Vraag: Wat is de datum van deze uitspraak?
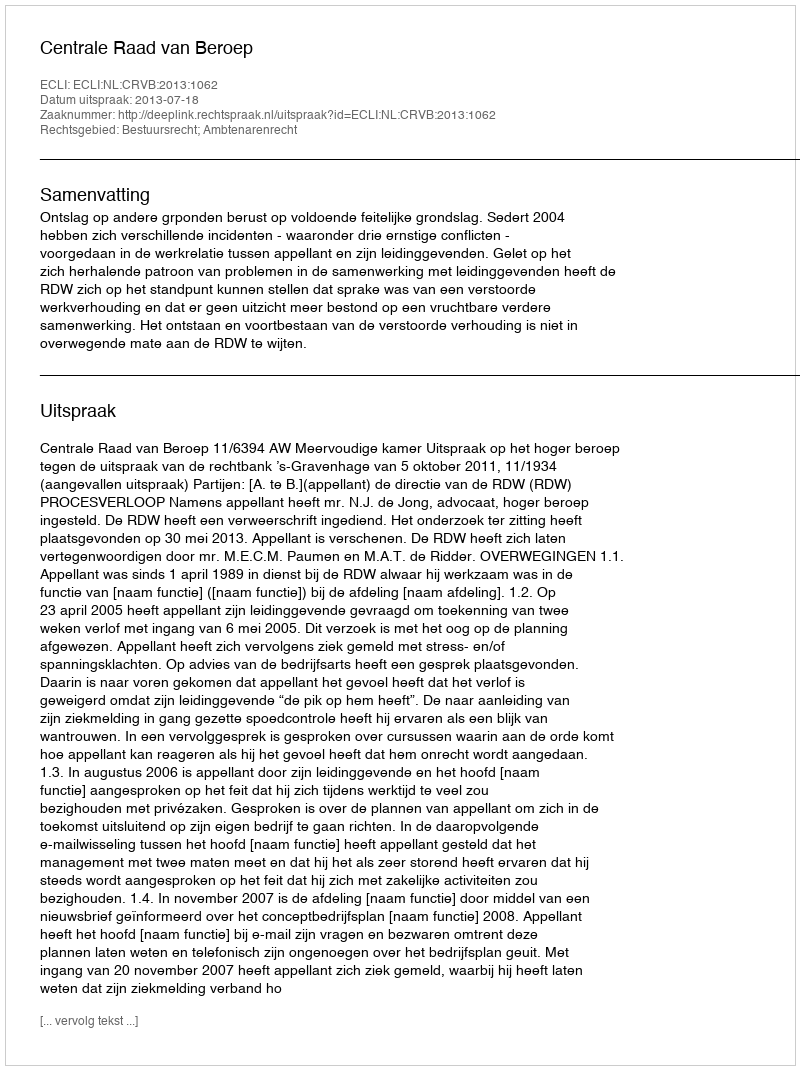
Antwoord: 2013-07-18